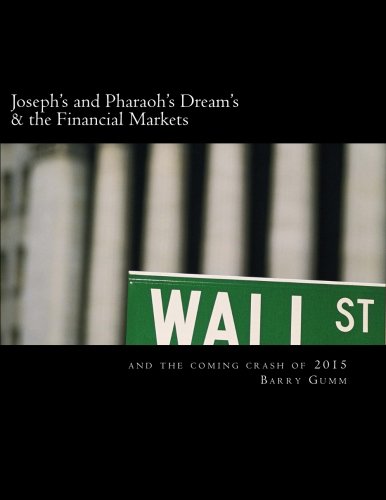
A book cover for Joseph's and Pharaoh's Dream's & the Financial Markets: & Financial Market Crash 2015; Ps Barry Gumm; Business & Money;